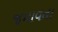
જમાવતા